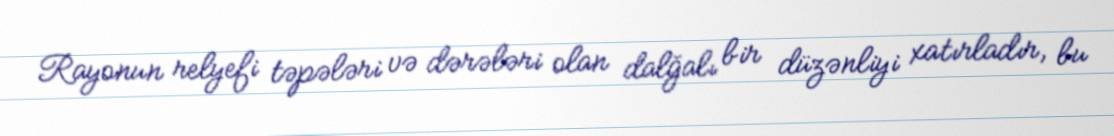
Rayonun relyefi təpələri və dərələri olan dalğalı bir düzənliyi xatırladır, bu